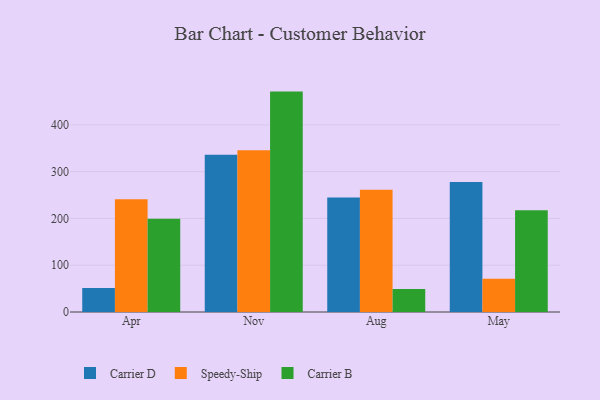
{"axis": {"x": "Month", "y": "Customer Acquisition Cost (USD)"}, "legend": ["Carrier B", "Carrier D", "Speedy-Ship"], "data": [{"x": "Apr", "y": 51.5, "type": "Carrier D"}, {"x": "Apr", "y": 241.3, "type": "Speedy-Ship"}, {"x": "Apr", "y": 199.2, "type": "Carrier B"}, {"x": "Nov", "y": 336.3, "type": "Carrier D"}, {"x": "Nov", "y": 345.6, "type": "Speedy-Ship"}, {"x": "Nov", "y": 471.2, "type": "Carrier B"}, {"x": "Aug", "y": 244.6, "type": "Carrier D"}, {"x": "Aug", "y": 261.6, "type": "Speedy-Ship"}, {"x": "Aug", "y": 49.1, "type": "Carrier B"}, {"x": "May", "y": 277.8, "type": "Carrier D"}, {"x": "May", "y": 71.2, "type": "Speedy-Ship"}, {"x": "May", "y": 217.3, "type": "Carrier B"}]}